Scottish Leaving Certificate Examination, 1960
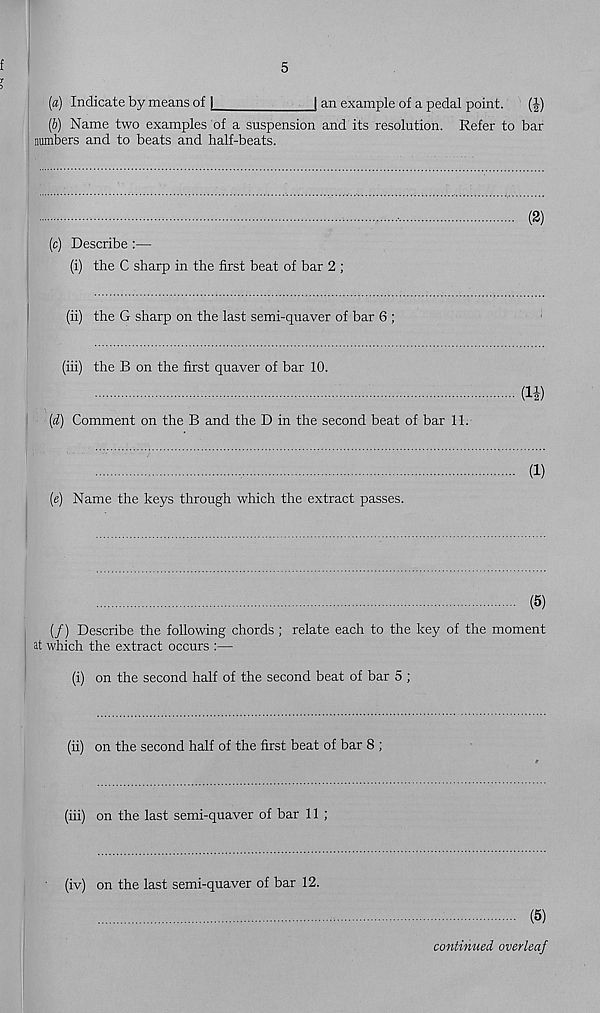
5
(a) Indicate by means of j
j an example of a pedal point.
(|)
(b) Name two examples of a suspension and its resolution. Refer to bar
numbers and to beats and half-beats.
(c) Describe :—
(i) the C sharp in the first beat of bar 2 ;
(ii) the G sharp on the last semi-quaver of bar 6 ;
(iii) the B on the first quaver of bar 10.
(d) Comment on the B and the D in the second beat of bar 11.
(e) Name the keys through which the extract passes.
(2)
(1|)
(1)
(5)
(/) Describe the following chords ; relate each to the key of the moment
it which the extract occurs :—
(i) on the second half of the second beat of bar 5 ;
(ii) on the second half of the first beat of bar 8 ;
(iii) on the last semi-quaver of bar 11 ;
(iv) on the last semi-quaver of bar 12.
(5)
continued overleaf